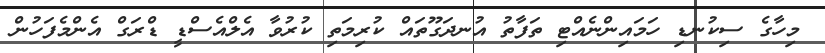
މިހާގެ ސިކުނޑި ހަމައިންނެއްޓި ތަފާތު އުނދަގޫތައް ކުރިމަތި ކުރުވާ އެލްއެސްޑީ ޑްރަގް އެންމެފަހުން